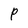
Character: P